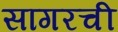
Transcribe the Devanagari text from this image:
सागरची